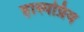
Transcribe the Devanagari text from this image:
हास्यप्रिय